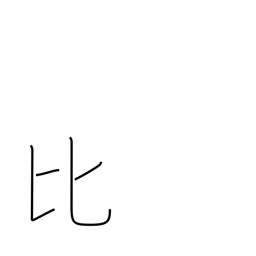
Meaning: Philippines